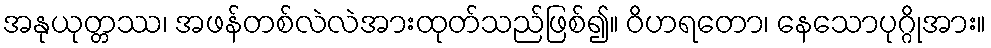
အနုယုတ္တဿ၊ အဖန်တစ်လဲလဲအားထုတ်သည်ဖြစ်၍။ ဝိဟရတော၊ နေသောပုဂ္ဂိုအား။